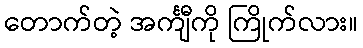
တောက်တဲ့ အင်္ကျီကို ကြိုက်လား။